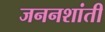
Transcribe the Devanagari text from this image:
जननशांती